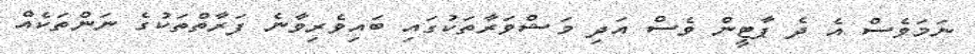
ނަމަވެސް އެ ދެ ޕާޓީން ވެސް އަދި މަޝްވަރާތަކުގައި ބައިވެރިވާނެ ފަރާތްތަކުގެ ނަންތަކެއް